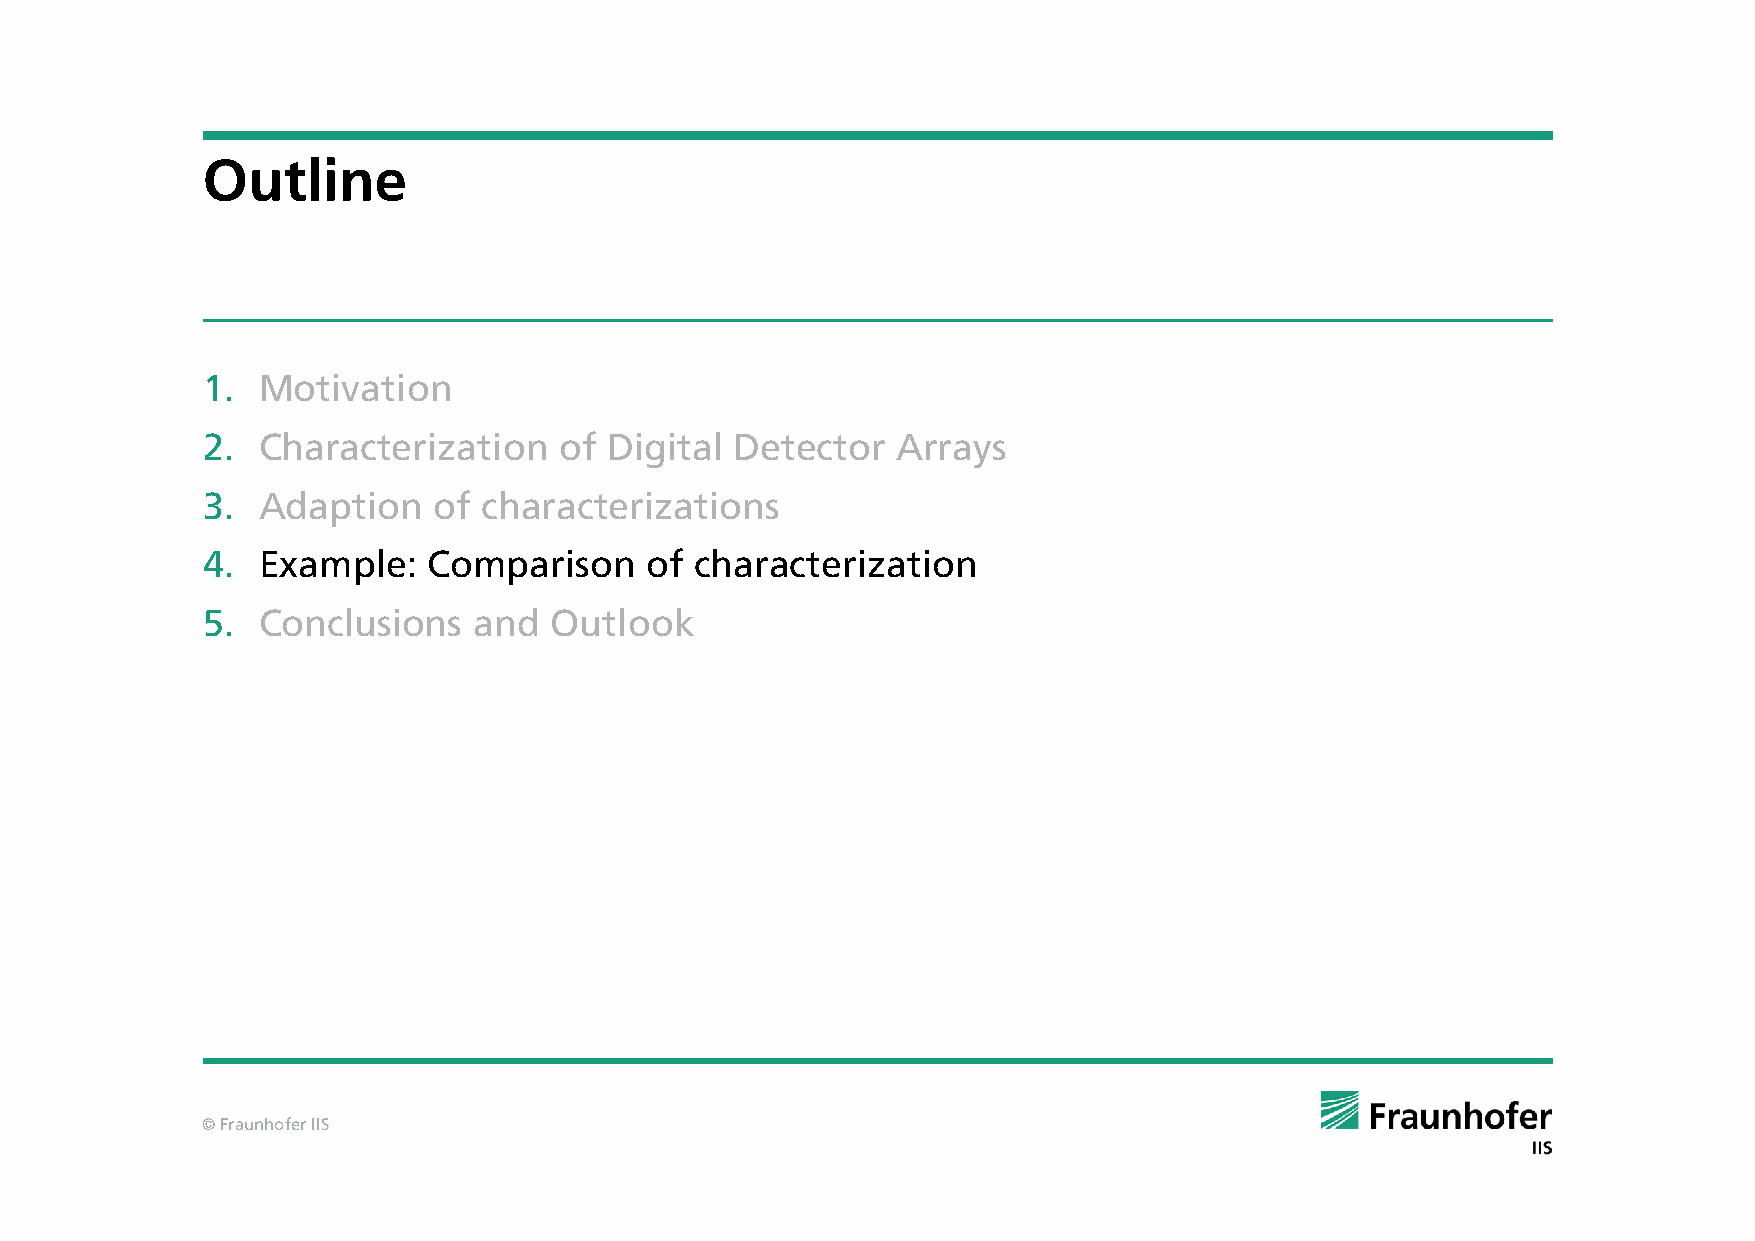
Outline
 1.  Motivation
 2.  Characterization    of Digital  Detector  Arrays
 3.  Adaption    of characterizations
 4.  Example:   Comparison     of characterization
 5.  Conclusions   and  Outlook
 © Fraunhofer IIS